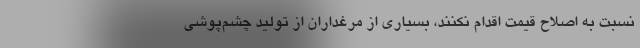
نسبت به اصلاح قیمت اقدام نکنند، بسیاری از مرغداران از تولید چشم‌پوشی